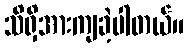
သိရှိအားကျခဲ့ပါတယ်။